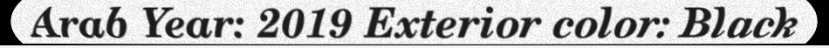
Arab Year: 2019 Exterior color: Black